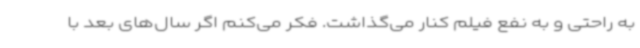
به راحتی و به نفع فیلم کنار می‌گذاشت. فکر می‌کنم اگر سال‌های بعد با